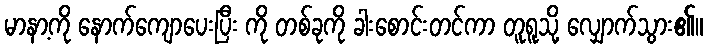
မာနာ့ကို နောက်ကျောပေးပြီး ကို တစ်ခုကို ခါးစောင်းတင်ကာ တူရူသို့ လျှောက်သွား၏။